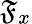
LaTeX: \mathfrak{F}_{x}